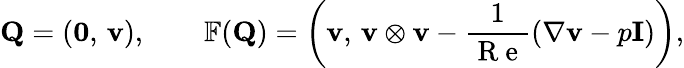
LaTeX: \mathbf{Q}=\left(\mathbf{0},\, \mathbf{v}\right),\qquad\mathbb{F}(\mathbf{Q})=\left(\mathbf{v},\, \mathbf{v}\otimes\mathbf{v}-\frac 1{\mathrm{~R~e~}}\left(\nabla\mathbf{v}-p\mathbf{I}\right)\right),